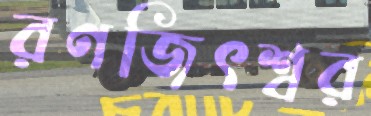
রণজিৎশ্বর